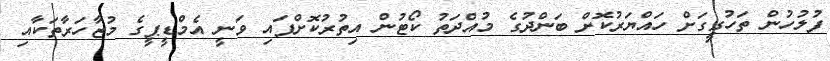
ފުލުހުން ތަހުގީގަށް ހައްޔަރުކޮށް ބަންދުގެ މުއްދަތު ކޯޓުން އިތުރުކޮށްފައި ވަނީ އެމްޑީޕީގެ މުޒާހަރާތަކާއި